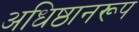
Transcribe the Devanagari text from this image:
अधिष्ठानरूप